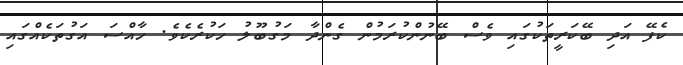
ކެފޭ އަދި ބޭކަރީތަކުގައި ވެސް ބޭނުންކުރަމުން ގެންދާ މަގުބޫލު ހަކުރެކެވެ. ހާއްސަ އަގުތަކެއްގައި